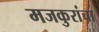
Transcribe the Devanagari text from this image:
मजकुरांचा